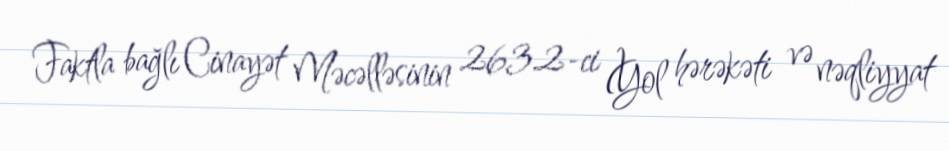
Faktla bağlı Cinayət Məcəlləsinin 263.2-ci (Yol hərəkəti və nəqliyyat